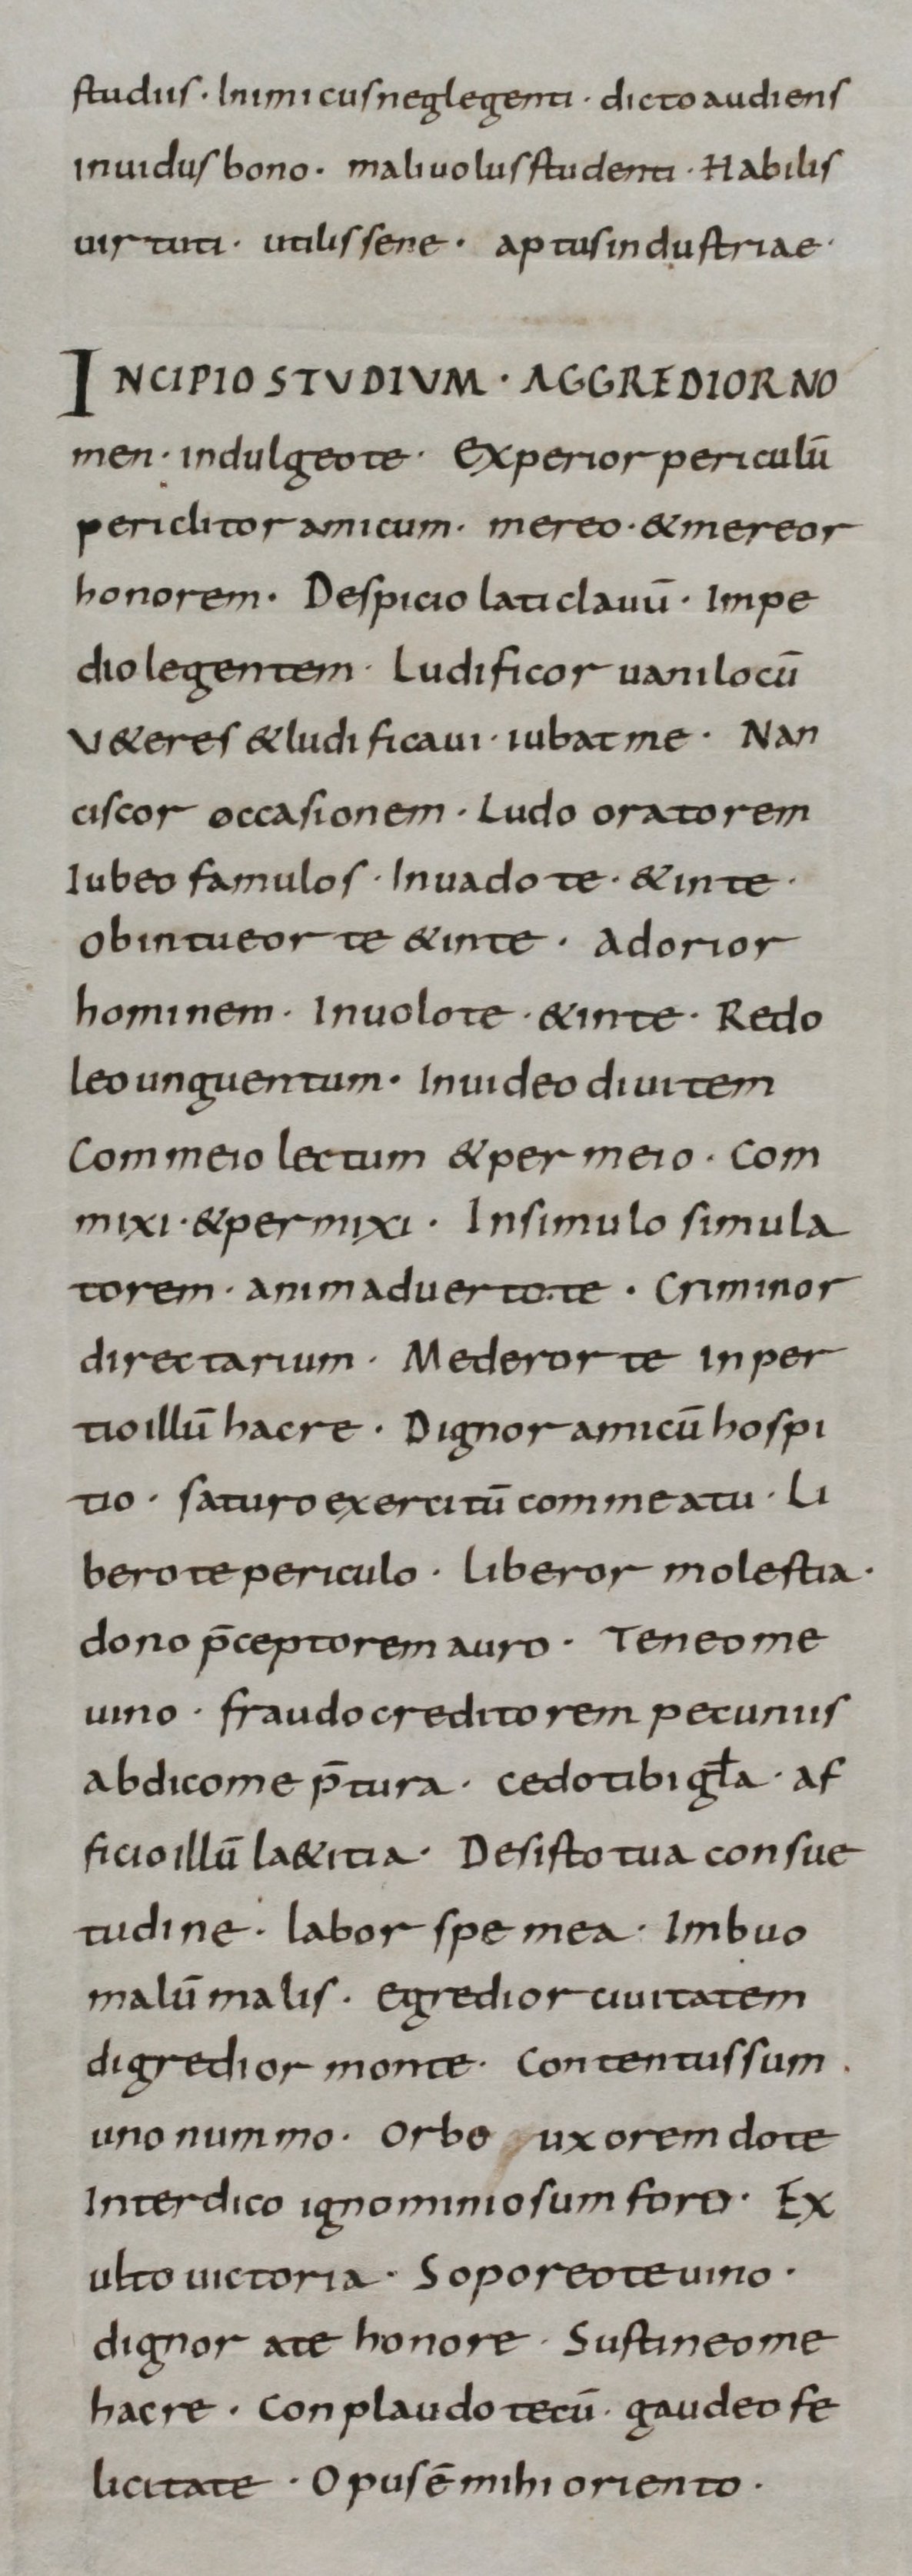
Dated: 800–899